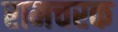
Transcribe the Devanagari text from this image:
रामचरक